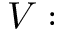
V :